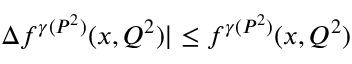
\Delta f ^ { \gamma ( P ^ { 2 } ) } ( x , Q ^ { 2 } ) | \leq f ^ { \gamma ( P ^ { 2 } ) } ( x , Q ^ { 2 } )